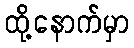
ထို့နောက်မှာ